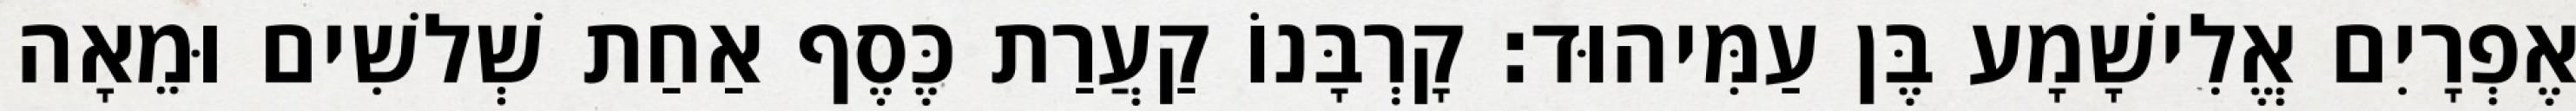
אֶפְרָיִם אֱלִישָׁמָע בֶּן עַמִּיהוּד׃ קָרְבָּנוֹ קַעֲרַת כֶּסֶף אַחַת שְׁלשִׁים וּמֵאָה